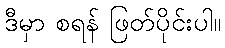
ဒီမှာ စရန် ဖြတ်ပိုင်းပါ။